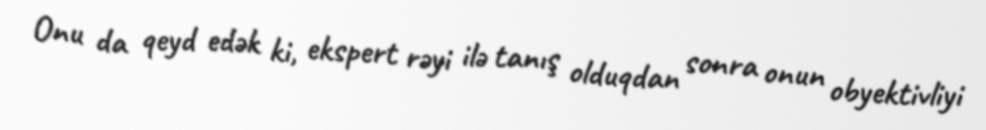
Onu da qeyd edək ki, ekspert rəyi ilə tanış olduqdan sonra onun obyektivliyi